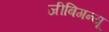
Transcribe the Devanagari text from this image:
जीबिगन्यू